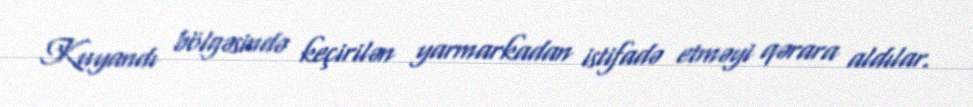
Kuyandı bölgəsində keçirilən yarmarkadan istifadə etməyi qərara aldılar.